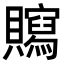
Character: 𧸿